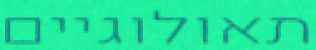
תאולוגיים